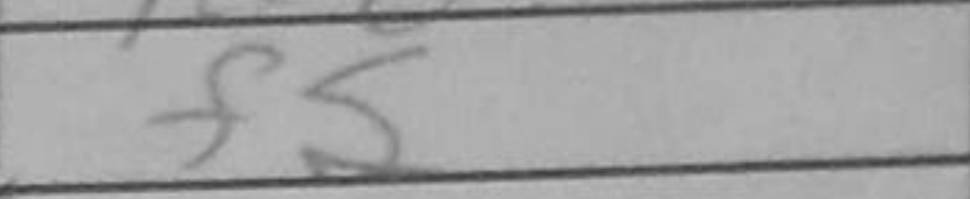
Transcription: f5